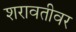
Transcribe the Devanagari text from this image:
शरावतीवर